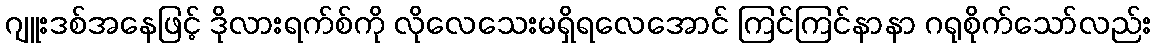
ဂျူးဒစ်အနေဖြင့် ဒိုလားရက်စ်ကို လိုလေသေးမရှိရလေအောင် ကြင်ကြင်နာနာ ဂရုစိုက်သော်လည်း